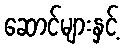
ဆောင်များနှင့်